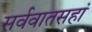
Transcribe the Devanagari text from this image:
सर्ववातसहां